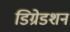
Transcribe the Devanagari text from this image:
डिग्रेडशन